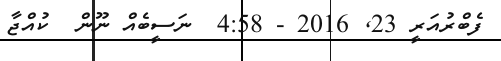
ފެބްރުއަރީ 23